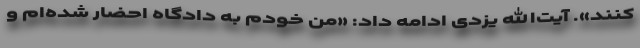
کنند». آیت‌الله یزدی ادامه داد: «من خودم به دادگاه احضار شده‌ام و